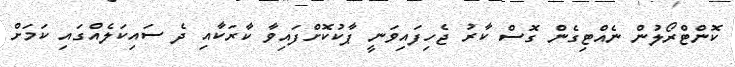
ކޮންޓްރޯލުން ނެއްޓިގެން ގޮސް ކާރު ޖެހިފައިވަނީ ޕާކުކޮށްފައިވާ ކާރަކާއި ދެ ސައިކަލެއްގައި ކަމަށް